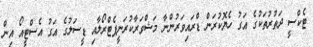
ޓެކްސީ ދަތުރުތަކުގެ އަގު ހެޔޮކުރަން ޑްރައިވަރުންނާ މަޝްވަރާކުރަނީޕެޓްރޯލާއި ޑީސަލުގެ އަގު އެސްޓީއޯ އިން